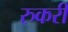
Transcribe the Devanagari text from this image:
रुकरी